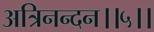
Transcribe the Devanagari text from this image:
अत्रिनन्‍दन।।५।।